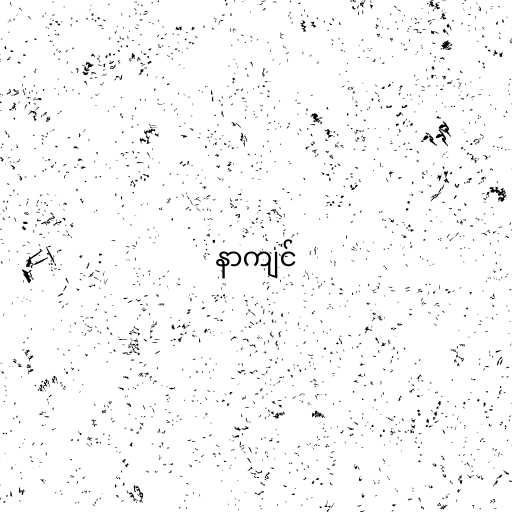
နာကျင်